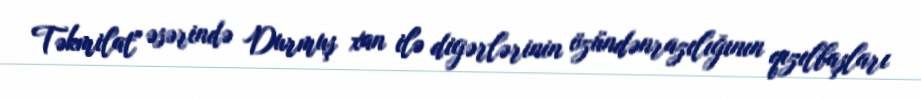
Təkmilat" əsərində Durmuş xan ilə digərlərinin özündənrazılığının qızılbaşları